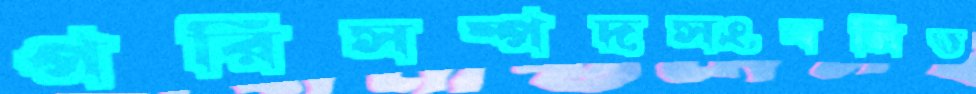
পরিসম্পদসংবলিত